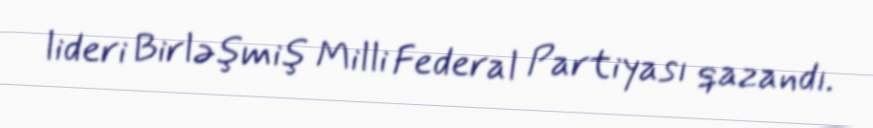
lideri Birləşmiş Milli Federal Partiyası qazandı.